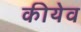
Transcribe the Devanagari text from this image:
कीयेव